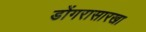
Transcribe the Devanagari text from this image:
डोंगरासारखा